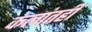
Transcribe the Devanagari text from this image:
कलांतही